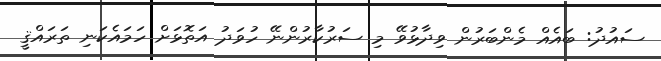
ސައުދު: ބައެއް މެންބަރުން ވިދާޅުވޭ މި ސަރުކާރުންނޭ ހުވަދު އަތޮޅަށް ހަމައެކަނި ތަރައްޤީ